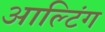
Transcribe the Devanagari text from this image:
आल्टिंग